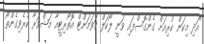
"އަދި މިކަން ކުރިއަށް ގެންގޮސްފައި ވަނީ ލޯކަލް ގަވަމަންޓް އޮތޯރިޓީއާ މަޝްވަރާ ކުރެވިގެންތޯ